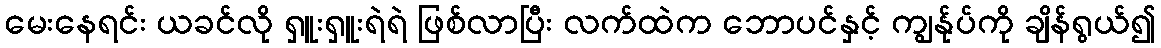
မေးနေရင်း ယခင်လို ရှူးရှူးရဲရဲ ဖြစ်လာပြီး လက်ထဲက ဘောပင်နှင့် ကျွန်ုပ်ကို ချိန်ရွယ်၍